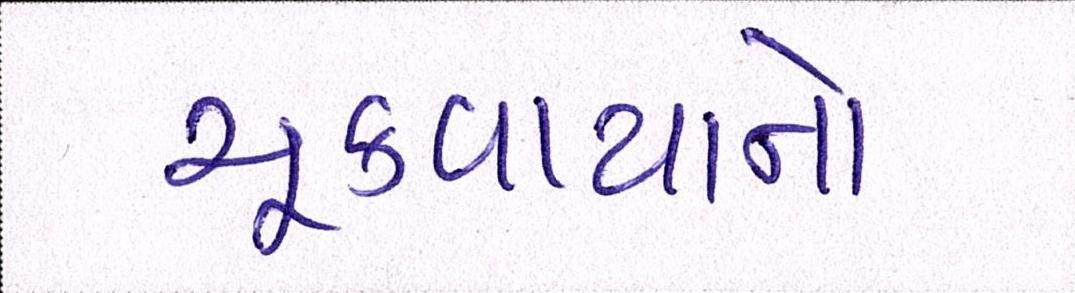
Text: ચૂકવાયાનો